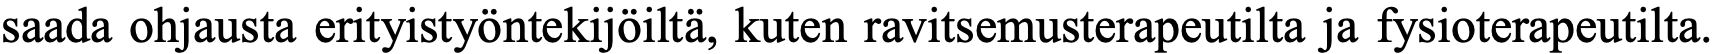
saada ohjausta erityistyöntekijöiltä, kuten ravitsemusterapeutilta ja fysioterapeutilta.